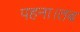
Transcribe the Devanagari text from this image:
पहना।तब